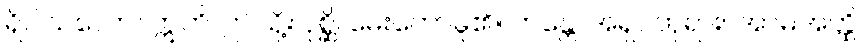
ရှိပါသလော။ ဣတိ၊ ဤသို့။ ပုစ္ဆိ၊ မေးတော်မူ၏။ ဘန္တေ၊ အရှင်ဘုရား။ အာမအတ္ထိ၊